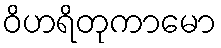
ဝိဟရိတုကာမော